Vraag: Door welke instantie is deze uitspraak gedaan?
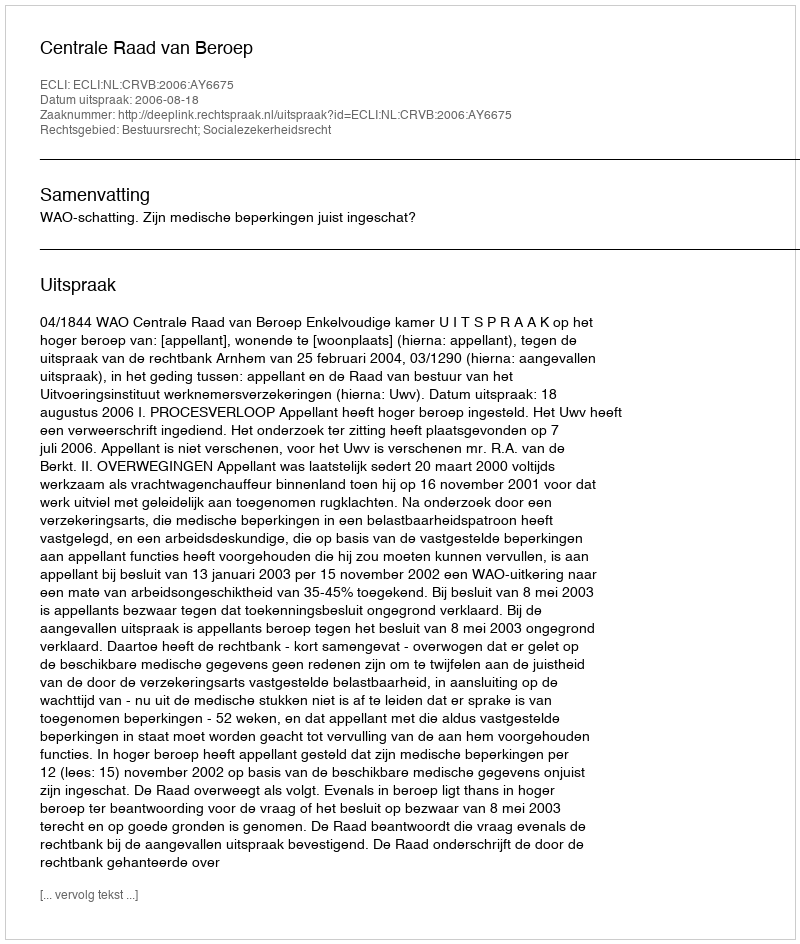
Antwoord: Centrale Raad van Beroep